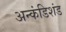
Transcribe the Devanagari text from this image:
अन्कंडिशंड